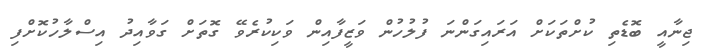
ޖިނާއީ ބޮޑެތި ކުށްތަކަށް އަރައިގަންނަ ފުލުހުން ވަޒީފާއިން ވަކިކުރެވޭ ގޮތަށް ގަވާއިދު އިސްލާހުކޮށްފި